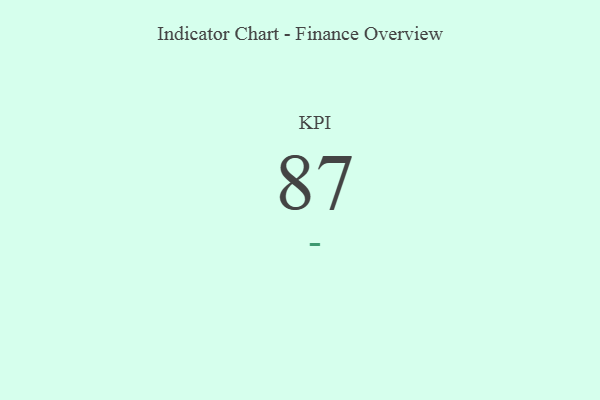
{"axis": {"x": "KPI", "y": "Value"}, "legend": [""], "data": [{"x": "KPI", "y": 87, "type": ""}]}